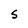
Character: S